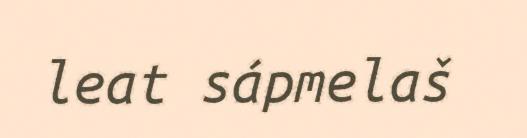
leat sápmelaš